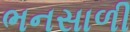
ભનસાળી